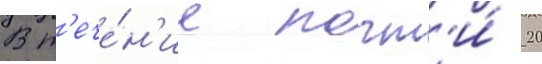
В т'ече́н'ие почт'и́ 20